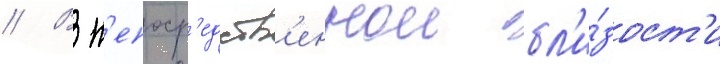
// В н'епоср'едств'еннои бл'и́зост'и